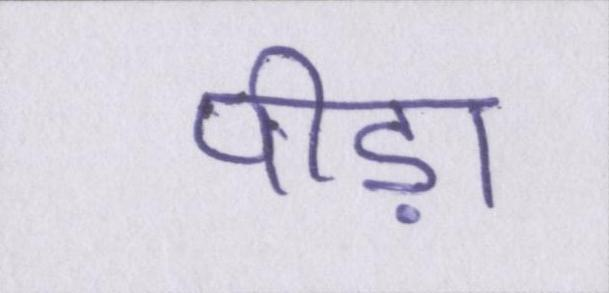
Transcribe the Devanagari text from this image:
पीड़ा